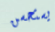
يستحسن